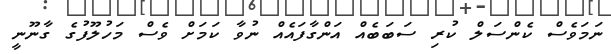
ނަމަވެސް ކެންސަލް ކުރި ސަބަބެއް އަންގާފައެއް ނުވާ ކަމަށް ވެސް މަހުލޫފުގެ ގާނޫނީ